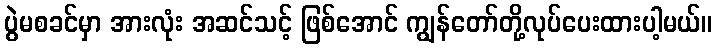
ပွဲမစခင်မှာ အားလုံး အဆင်သင့် ဖြစ်အောင် ကျွန်တော်တို့လုပ်ပေးထားပါ့မယ်။